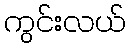
ကွင်းလယ်